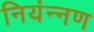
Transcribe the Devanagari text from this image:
नियंन्नण